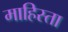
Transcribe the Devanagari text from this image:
माहिस्ता